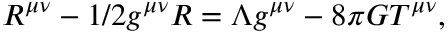
R ^ { \mu \nu } - 1 / 2 g ^ { \mu \nu } R = \Lambda g ^ { \mu \nu } - 8 \pi G T ^ { \mu \nu } ,